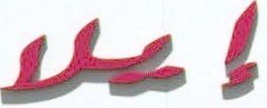
إعلام